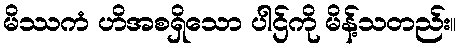
မိဿကံ ဟိအစရှိသော ပါဌ်ကို မိန့်သတည်း။